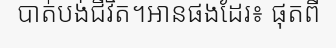
បាត់បង់ជីវិត។អានផងដែរ៖ ផុតពី